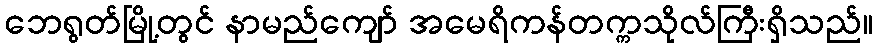
ဘေရွတ်မြို့တွင် နာမည်ကျော် အမေရိကန်တက္ကသိုလ်ကြီးရှိသည်။